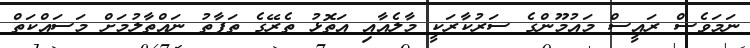
ނަމަވެސް ރައީސް މައުމޫންގެ ސަރުކާރަކީ މާލެއާއި އަތޮޅު ތެރޭގެ ތަފާތު ނައްތާލުމަށް މަސައްކަތް